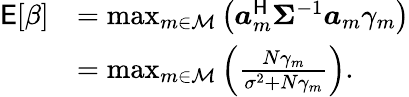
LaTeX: \begin{array}{rl}{\mathsf{E}[\beta]}&{=\operatorname*{max}_{m\in\mathcal{M}}\left(\boldsymbol{a}_{m}^{\sf H}\boldsymbol{\Sigma}^{-1}\boldsymbol{a}_{m}\gamma_{m}\right)}\\ &{=\operatorname*{max}_{m\in\mathcal{M}}\left(\frac{N\gamma_{m}}{\sigma^{2}+N\gamma_{m}}\right).}\end{array}